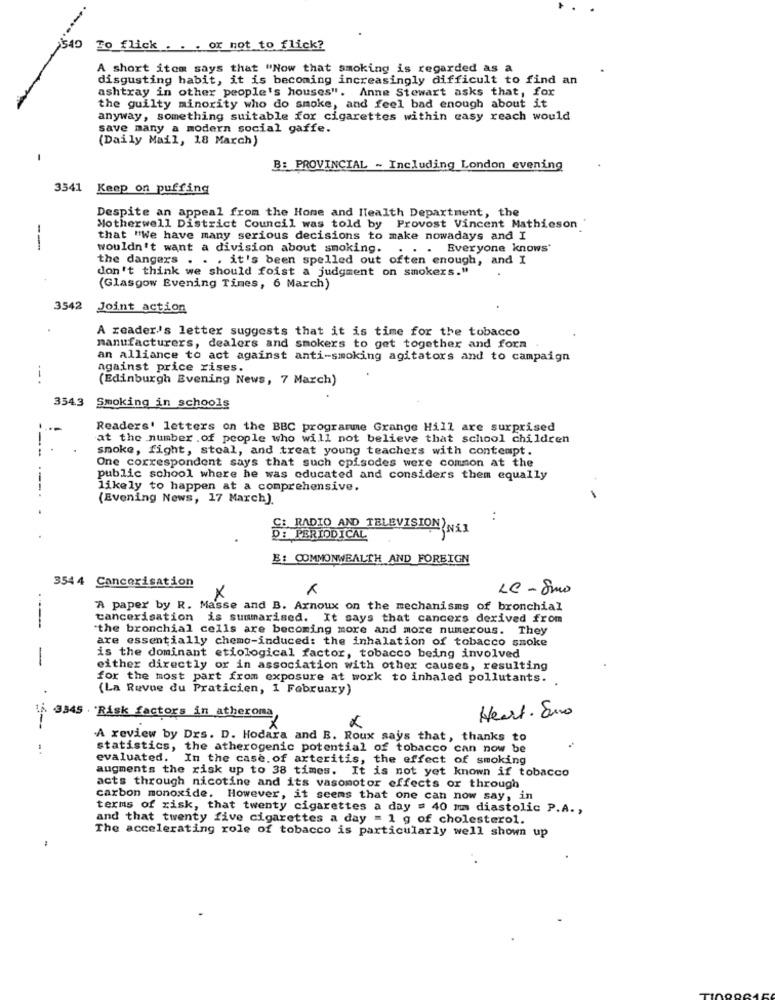
540
To_flick . . . or not to flick?
A short itom says that "Now that smoking is regarded as a
disgusting habit, it is becoming increasingly difficult to find an
ashtray in other people's houses". Anne Stewart asks that, for
the guilty minority who do smoke, and feel bad enough about it
anyway, something suitable for cigarettes within easy reach would
save many a modern social gaffe.
(Daily Mail, 18 March)
B: PROVINCIAL - Including London evening
3541 Keep on puffing
Despite an appeal from the Home and Health Department, the
Motherwell District Council was told by Provost Vincent Mathieson
that "We have many serious decisions to make nowadays and I
---
wouldn't want a division about smoking. . . . Everyone knows"
the dangers . . . it's been spelled out often enough, and I
don't think we should foist a judgment on smokers."
(Glasgow Evening Times, 6 March)
3542 Joint action
A reader's letter suggests that it is time for the tobacco
manufacturers, dealers and smokers to get together and forn
an alliance to act against anti-smoking agitators and to campaign
against price rises.
--.
(Edinburgh Evening News, 7 March)
354.3
Smoking in schools
Readers' letters on the BBC programme Grange Hill are surprised
at the number .of people who will not believe that school children
smoke, fight, steal, and treat young teachers with contempt.
---
One correspondent says that such episodes were common at the
public school where he was educated and considers them equally
---.
likely to happen at a comprehensive.
(Evening News, 17 March).
RADIO AND TELEVISION N&1
D: PERIODICAL
E: COMMONWEALTH AND FOREIGN
3544 Cancerisation
LC- Smo
x
A paper by R. Masse and B. Arnoux on the mechanisms of bronchial
cancerisation is summarised. It says that cancers derived from
"the bronchial cells are becoming more and more numerous. They
are essentially chemo-induced: the inhalation of tobacco smoke
-
is the dominant etiological factor, tobacco being involved
either directly or in association with other causes, resulting
for the most part from exposure at work to inhaled pollutants.
(La Revue du Praticien, 1 February)
j. 3345 . Risk factors in atheroma
Heart. ano
A review by Drs. D. Hodara and B. Roux says that, thanks to
statistics, the atherogenic potential of tobacco can now be
evaluated. In the case. of arteritis, the effect of smoking
augments the risk up to 38 times. It is not yet known if tobacco
acts through nicotine and its vasomotor effects or through
carbon monoxide. However, it seems that one can now say, in
terms of risk, that twenty cigarettes a day = 40 mm diastolic P.A .,
and that twenty five cigarettes a day = 1 g of cholesterol.
The accelerating role of tobacco is particularly well shown up